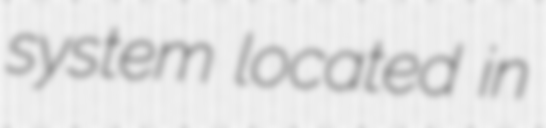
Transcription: system located in